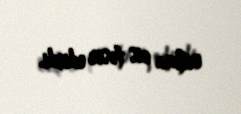
onlara pis təsir edirdi.